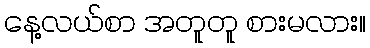
နေ့လယ်စာ အတူတူ စားမလား။